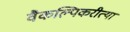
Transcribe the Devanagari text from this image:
वैकल्पिकरीत्या